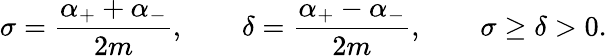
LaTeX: \sigma=\frac{\alpha_{+}+\alpha_{-}}{2m},\qquad\delta=\frac{\alpha_{+}-\alpha_{-}}{2m},\qquad\sigma\ge\delta>0.